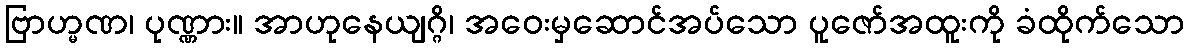
ဗြာဟ္မဏ၊ ပုဏ္ဏား။ အာဟုနေယျဂ္ဂိ၊ အဝေးမှဆောင်အပ်သော ပူဇော်အထူးကို ခံထိုက်သော